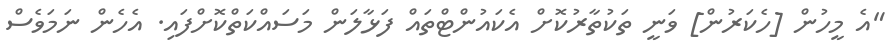
"އެ މީހުން [ހެކަރުން] ވަނީ ތަކުތާރުކޮށް އެކައުންޓްތައް ފަޅާލަން މަސައްކަތްކޮށްފައި. އެހެން ނަމަވެސް